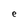
Character: e